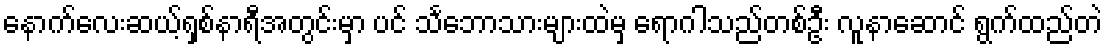
နောက်လေးဆယ့်ရှစ်နာရီအတွင်းမှာ ပင် သင်္ဘောသားများထဲမှ ရောဂါသည်တစ်ဦး လူနာဆောင် ရွက်ထည်တဲ